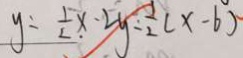
y = \frac { 1 } { 2 } x - 2 y = \frac { 1 } { 2 } ( x - 6 )